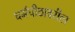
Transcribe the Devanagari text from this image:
धर्मपीठावरील